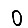
Digit: 0